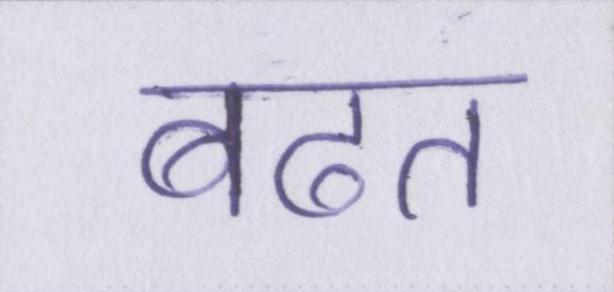
बढत